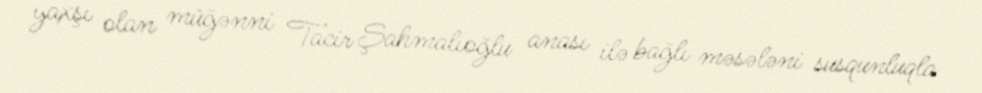
yaxşı olan müğənni Tacir Şahmalıoğlu anası ilə bağlı məsələni susqunluqla